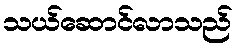
သယ်ဆောင်လာသည်